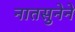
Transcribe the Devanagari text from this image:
नातसुनेने